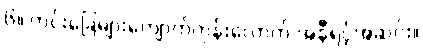
၆။ ကင်းခြေများကျောက်ကုန်းလောက် အနီရင့်အဆင်း။